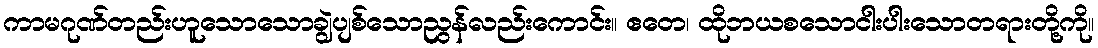
ကာမဂုဏ်တည်းဟူသောသောချွဲပျစ်သောညွန်လည်းကောင်း။ ဧတေ၊ ထိုဘယစသောငါးပါးသောတရားတို့ကို။